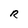
Character: R